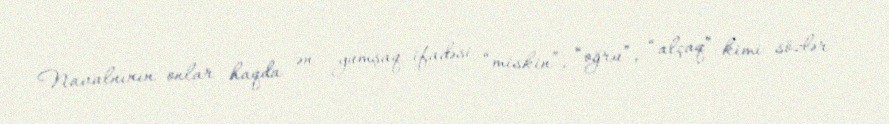
Navalnının onlar haqda ən yumşaq ifadəsi “miskin”, “oğru”, “alçaq” kimi sözlər